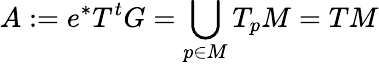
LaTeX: A:=e^{*}T^{t}G=\bigcup_{p\in M}T_{p}M=TM